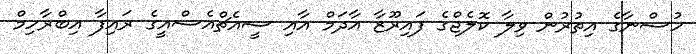
ހުސްނާގެ އިތުރުން ވިލާ ކޮލެޖްގެ ފައިރޫޒާ އާދަމް އާއި ސީއެޗްއެސްއީގެ ރައިފާ އިބްރާހިމް